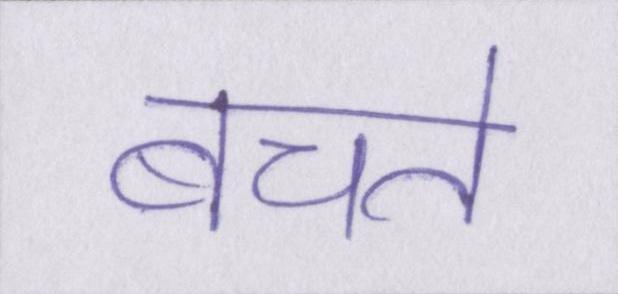
बचते